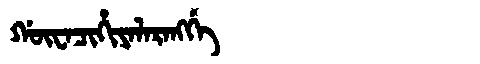
Manchu: ᡤᡡᠸᠠᠴᡳᡥᡳᠶᠠᠯᠠᡵᠠᠩᡤᡝ
Romanization: GŪWACIHIYALARANGGE